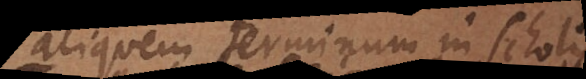
aliquem terminum in scholis